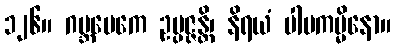
၁၂၆။ ဂဗ္ဘမေကေ ဥပ္ပဇ္ဇန္တိ၊ နိရယံ ပါပကမ္မိနော။